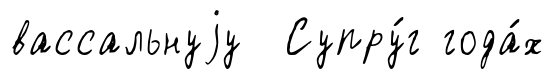
вассальнуjу Супру́г года́х